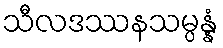
သီလဒဿနသမ္ပန္နံ